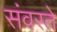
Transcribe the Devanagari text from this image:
संवरते